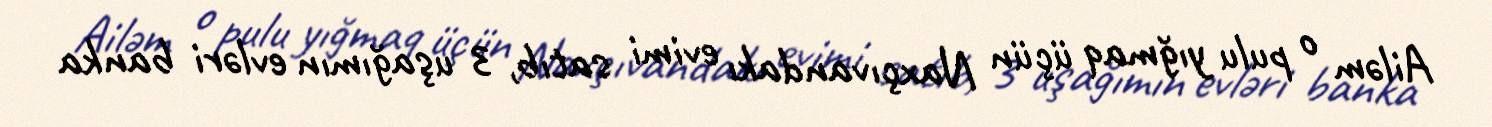
Ailəm o pulu yığmaq üçün Naxçıvandakı evimi satıb, 3 uşağımın evləri banka